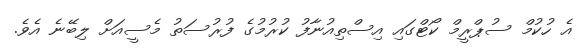
އެ ހުކުމް ސުޕްރީމް ކޯޓްގައި އިސްތިއުނާފު ކުރުމުގެ ފުރުސަތު މެސީއަށް ލިބޭނެ އެވެ.